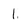
Character: 1